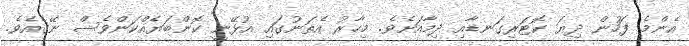
އެންމެ ފަހުން ދިޔަ ކޮޓަރިގަނޑާއި ދިމާއަށެވެ. މިހާރު އެތަނުގައި އުޅޭނީ ކޮންބަޔެއްކަންވެސް ނޭގެއެވެ.